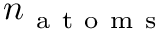
n _ { \mathrm { ~ a ~ t ~ o ~ m ~ s ~ } }